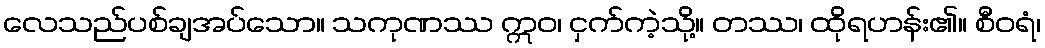
လေသည်ပစ်ချအပ်သော။ သကုဏဿ ဣဝ၊ ငှက်ကဲ့သို့။ တဿ၊ ထိုရဟန်း၏။ စီဝရံ၊